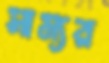
সাম্যর